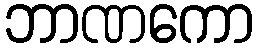
ဘာဏကော